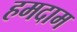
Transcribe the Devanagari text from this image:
हमदाम